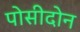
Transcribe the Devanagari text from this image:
पोसीदोन